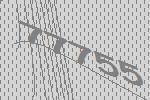
77755